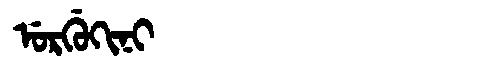
Manchu: ᡠᡵᡤᡠᡴᡳᠨᡳ
Romanization: URGUKINI